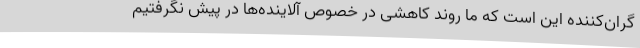
گران‌کننده این است که ما روند کاهشی در خصوص آلاینده‌ها در پیش نگرفتیم